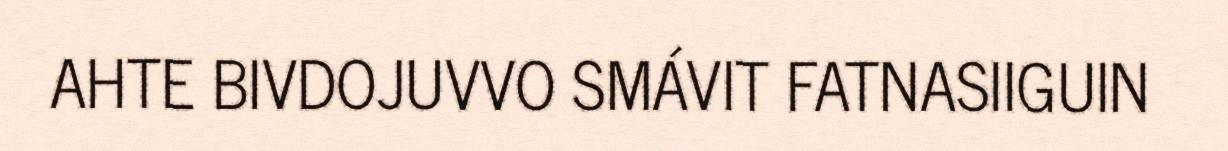
AHTE BIVDOJUVVO SMÁVIT FATNASIIGUIN